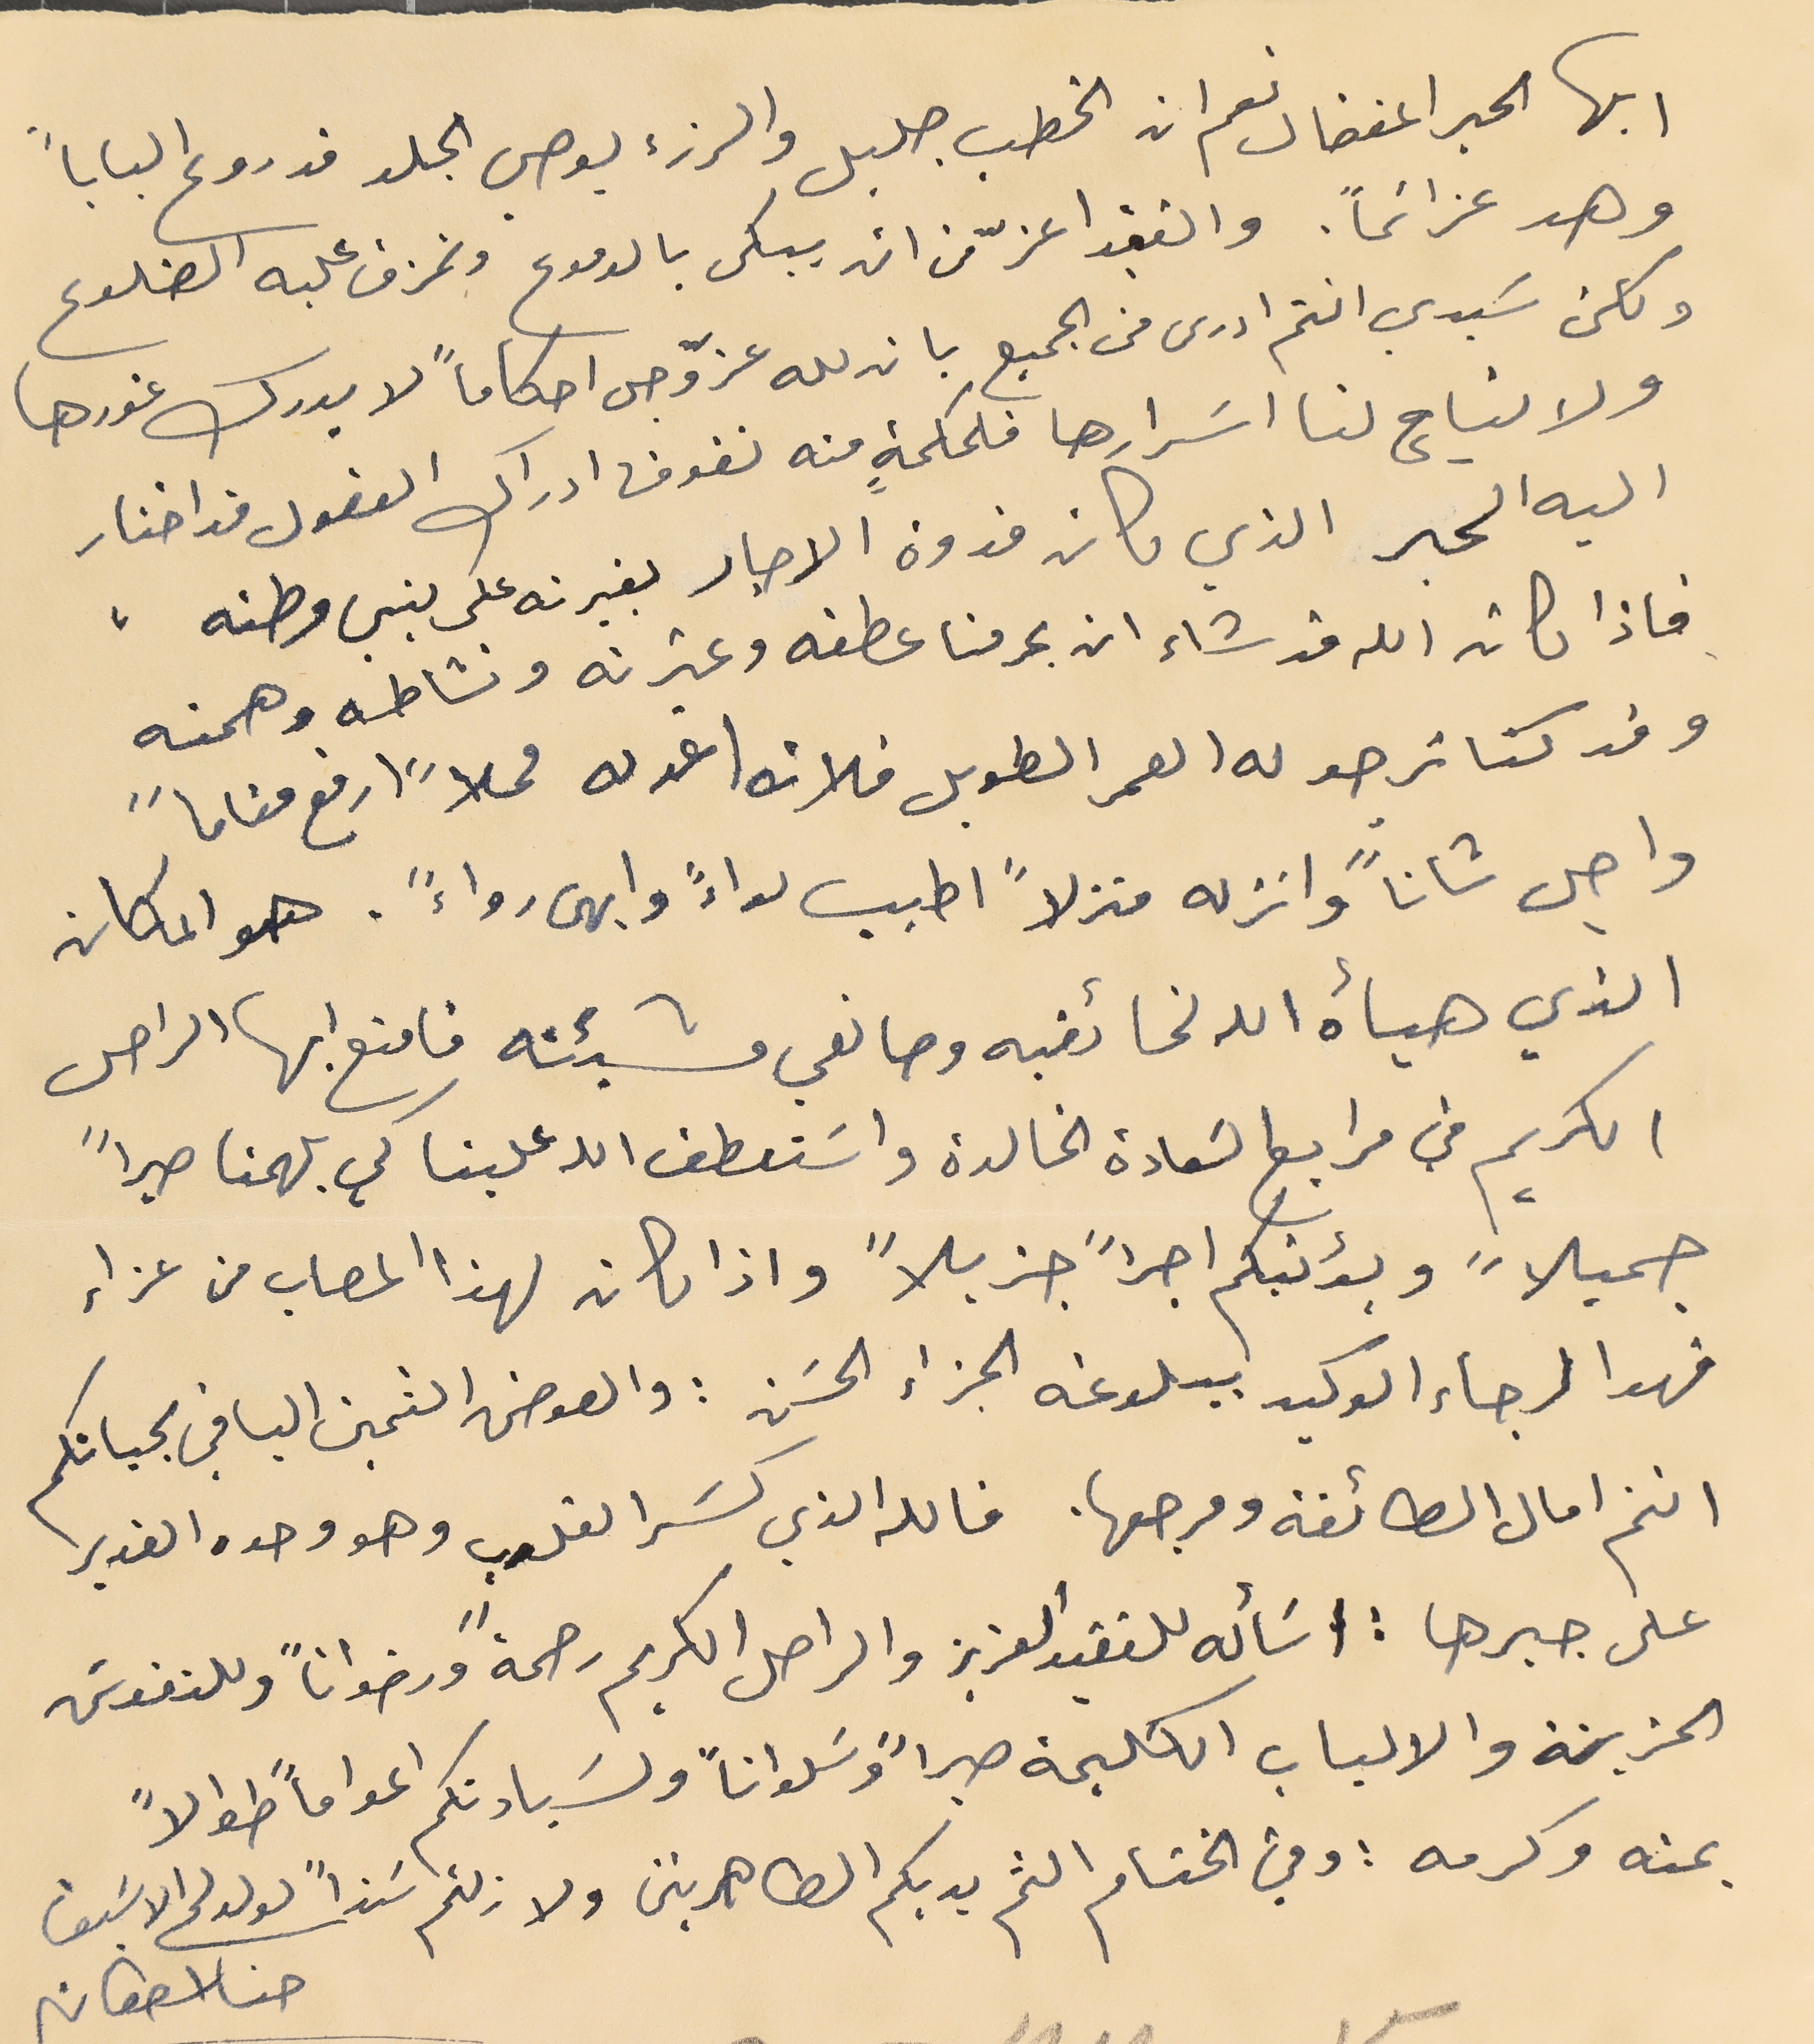
ايها الحبر المفضال نعم ان الخطب جليل والرزء يوصي الجلد قد روع الباباً
 وهد عزائماً. والفقيد اعزّ من ان يبكى بالدموع وتمزق عليه الضلوع
 ولكن سَيدي انتم ادرى من الجميع بان لله عزّ وجل احكاماً لا يدرك غورها
 ولا تباح لنا اسَرارها فلحكمةٍ منه تفوق ادراك العقول قد اختار
 اليه الحبر الذي كان قدوة الاحبار بغيرته على بني وطنه،
 فاذا كان الله قد شاء ان يحرمنا عطفه وغيرته ونشاطه وهمته
 وقد كنا نرجو له العمر الطويل فلانه اعد له محلاً ارفع مقاماً
واجل شاناً وانزله منزلاً اطيب لواءً وابهى رواءً. هو المكان
 الذي هيأه الله لخائفيه وصانعي مشيئته فامتع ايها الراحل
 الكريم في مرابع السَعادة الخالدة واسَتعطف الله علينا كي يلهمنا صبراً
جميلاً ويؤنبكم اجراً جزيلاً واذا كان لهذا المصاب من عزاء
 فهو الرجاء الوكيد ببلوغه الجزاء الحسَن : والعوض الثمين الباقي بحياتكم
 انتم امال الطائفة ومرجعها. فالله الذي كسَر القلوب وهو وحده القدير
 على جبرها : اسَأله للفقيد العزيز والراحل الكريم رحمةً ورضواناً وللنفوسَ
 الحزينة والالباب الكليمة صبراً وسَلواناً ولسَيادتكم اعوامأً طوالاً
 بمنه وكرمه : وفي الختام الثم يديكم الطاهرتين ولا زلتم سَنداً لولدكم الاسَيف
حنا اسطفان